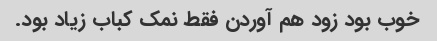
خوب بود زود هم آوردن فقط نمک کباب زیاد بود.